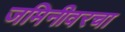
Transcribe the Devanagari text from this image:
जमिनीवरचा